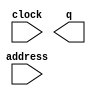
// megafunction wizard: %ROM: 1-PORT%VBB%
// GENERATION: STANDARD
// VERSION: WM1.0
// MODULE: altsyncram 

// ============================================================
// Megafunction Name(s):
// 			altsyncram
//
// Simulation Library Files(s):
// 			altera_mf
// ============================================================
// ************************************************************
// THIS IS A WIZARD-GENERATED FILE. DO NOT EDIT THIS FILE!
//
// 9.1 Build 350 03/24/2010 SP 2 SJ Full Version
// ************************************************************

//Copyright (C) 1991-2010 Altera Corporation
//Your use of Altera Corporation's design tools, logic functions 
//and other software and tools, and its AMPP partner logic 
//functions, and any output files from any of the foregoing 
//(including device programming or simulation files), and any 
//associated documentation or information are expressly subject 
//to the terms and conditions of the Altera Program License 
//Subscription Agreement, Altera MegaCore Function License 
//Agreement, or other applicable license agreement, including, 
//without limitation, that your use is for the sole purpose of 
//programming logic devices manufactured by Altera and sold by 
//Altera or its authorized distributors.  Please refer to the 
//applicable agreement for further details.

module rom1 (
	address,
	clock,
	q);

	input	[5:0]  address;
	input	  clock;
	output	[319:0]  q;
`ifndef ALTERA_RESERVED_QIS
// synopsys translate_off
`endif
	tri1	  clock;
`ifndef ALTERA_RESERVED_QIS
// synopsys translate_on
`endif

endmodule

// ============================================================
// CNX file retrieval info
// ============================================================
// Retrieval info: PRIVATE: ADDRESSSTALL_A NUMERIC "0"
// Retrieval info: PRIVATE: AclrAddr NUMERIC "0"
// Retrieval info: PRIVATE: AclrByte NUMERIC "0"
// Retrieval info: PRIVATE: AclrOutput NUMERIC "0"
// Retrieval info: PRIVATE: BYTE_ENABLE NUMERIC "0"
// Retrieval info: PRIVATE: BYTE_SIZE NUMERIC "8"
// Retrieval info: PRIVATE: BlankMemory NUMERIC "0"
// Retrieval info: PRIVATE: CLOCK_ENABLE_INPUT_A NUMERIC "0"
// Retrieval info: PRIVATE: CLOCK_ENABLE_OUTPUT_A NUMERIC "0"
// Retrieval info: PRIVATE: Clken NUMERIC "0"
// Retrieval info: PRIVATE: IMPLEMENT_IN_LES NUMERIC "0"
// Retrieval info: PRIVATE: INIT_FILE_LAYOUT STRING "PORT_A"
// Retrieval info: PRIVATE: INIT_TO_SIM_X NUMERIC "0"
// Retrieval info: PRIVATE: INTENDED_DEVICE_FAMILY STRING "Cyclone II"
// Retrieval info: PRIVATE: JTAG_ENABLED NUMERIC "0"
// Retrieval info: PRIVATE: JTAG_ID STRING "NONE"
// Retrieval info: PRIVATE: MAXIMUM_DEPTH NUMERIC "0"
// Retrieval info: PRIVATE: MIFfilename STRING "rom1.mif"
// Retrieval info: PRIVATE: NUMWORDS_A NUMERIC "64"
// Retrieval info: PRIVATE: RAM_BLOCK_TYPE NUMERIC "0"
// Retrieval info: PRIVATE: RegAddr NUMERIC "1"
// Retrieval info: PRIVATE: RegOutput NUMERIC "1"
// Retrieval info: PRIVATE: SYNTH_WRAPPER_GEN_POSTFIX STRING "0"
// Retrieval info: PRIVATE: SingleClock NUMERIC "1"
// Retrieval info: PRIVATE: UseDQRAM NUMERIC "0"
// Retrieval info: PRIVATE: WidthAddr NUMERIC "6"
// Retrieval info: PRIVATE: WidthData NUMERIC "320"
// Retrieval info: PRIVATE: rden NUMERIC "0"
// Retrieval info: CONSTANT: CLOCK_ENABLE_INPUT_A STRING "BYPASS"
// Retrieval info: CONSTANT: CLOCK_ENABLE_OUTPUT_A STRING "BYPASS"
// Retrieval info: CONSTANT: INIT_FILE STRING "rom1.mif"
// Retrieval info: CONSTANT: INTENDED_DEVICE_FAMILY STRING "Cyclone II"
// Retrieval info: CONSTANT: LPM_HINT STRING "ENABLE_RUNTIME_MOD=NO"
// Retrieval info: CONSTANT: LPM_TYPE STRING "altsyncram"
// Retrieval info: CONSTANT: NUMWORDS_A NUMERIC "64"
// Retrieval info: CONSTANT: OPERATION_MODE STRING "ROM"
// Retrieval info: CONSTANT: OUTDATA_ACLR_A STRING "NONE"
// Retrieval info: CONSTANT: OUTDATA_REG_A STRING "CLOCK0"
// Retrieval info: CONSTANT: WIDTHAD_A NUMERIC "6"
// Retrieval info: CONSTANT: WIDTH_A NUMERIC "320"
// Retrieval info: CONSTANT: WIDTH_BYTEENA_A NUMERIC "1"
// Retrieval info: USED_PORT: address 0 0 6 0 INPUT NODEFVAL address[5..0]
// Retrieval info: USED_PORT: clock 0 0 0 0 INPUT VCC clock
// Retrieval info: USED_PORT: q 0 0 320 0 OUTPUT NODEFVAL q[319..0]
// Retrieval info: CONNECT: @address_a 0 0 6 0 address 0 0 6 0
// Retrieval info: CONNECT: q 0 0 320 0 @q_a 0 0 320 0
// Retrieval info: CONNECT: @clock0 0 0 0 0 clock 0 0 0 0
// Retrieval info: LIBRARY: altera_mf altera_mf.altera_mf_components.all
// Retrieval info: GEN_FILE: TYPE_NORMAL rom1.v TRUE
// Retrieval info: GEN_FILE: TYPE_NORMAL rom1.inc TRUE
// Retrieval info: GEN_FILE: TYPE_NORMAL rom1.cmp TRUE
// Retrieval info: GEN_FILE: TYPE_NORMAL rom1.bsf TRUE FALSE
// Retrieval info: GEN_FILE: TYPE_NORMAL rom1_inst.v TRUE
// Retrieval info: GEN_FILE: TYPE_NORMAL rom1_bb.v TRUE
// Retrieval info: GEN_FILE: TYPE_NORMAL rom1_waveforms.html TRUE
// Retrieval info: GEN_FILE: TYPE_NORMAL rom1_wave*.jpg FALSE
// Retrieval info: LIB_FILE: altera_mf